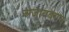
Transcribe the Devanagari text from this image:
अजायबराय